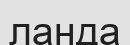
ланда